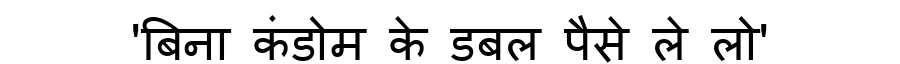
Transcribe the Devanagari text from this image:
'बिना कंडोम के डबल पैसे ले लो'